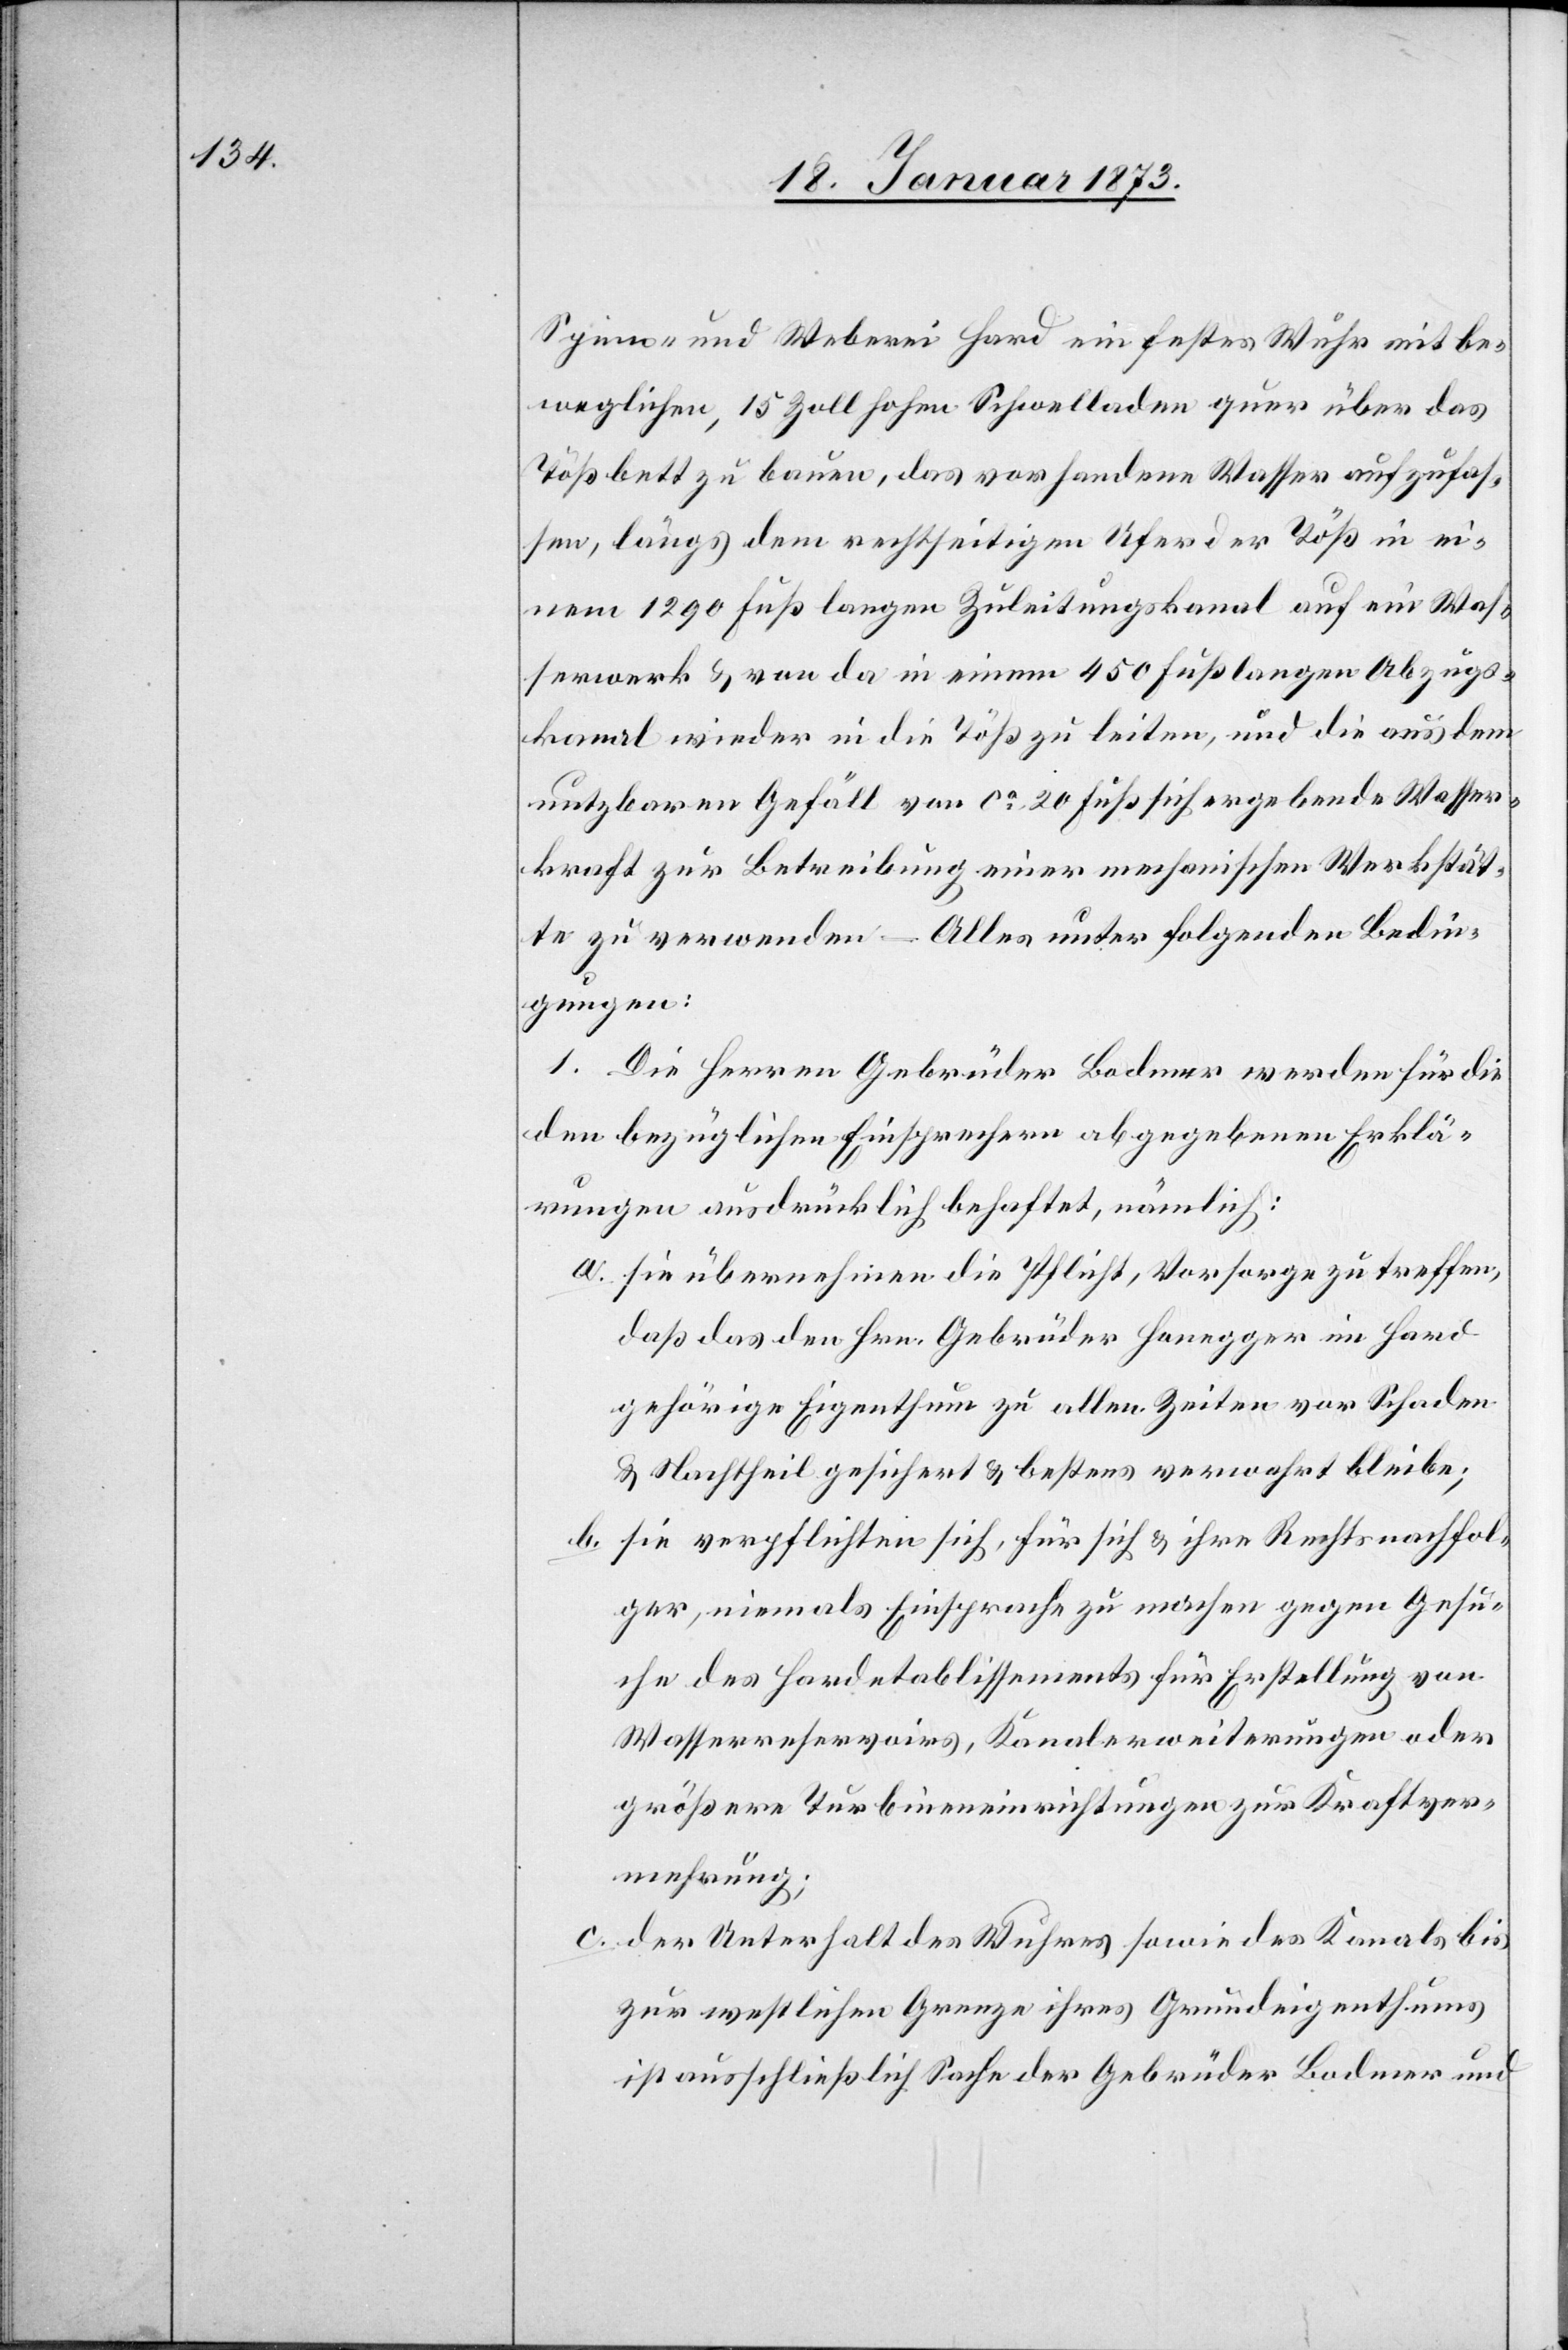
Spinn- und Weberei Hard ein festes Wuhr mit be¬
weglichen, 15 Zoll hohen Schwelladen quer über das
Tößbett zu bauen, das vorhandene Wasser aufzufas¬
sen, längs dem rechtseitigen Ufer der Töß in ei¬
nem 1290 Fuß langen Zuleitungskanal auf ein Was¬
serwerk u. von da in einem 450 Fuß langen Abzugs¬
kanal wieder in die Töß zu leiten, und die aus dem
nutzbaren Gefäll von ca. 20 Fuß sich ergebende Wasser¬
kraft zur Betreibung einer mechanischen Werkstät¬
te zu verwenden – Alles unter folgenden Bedin¬
gungen:
1. Die Herren Gebrüder Bodmer werden für die
den bezüglichen Einsprechern abgegebenen Erklä¬
rungen ausdrücklich behaftet, nämlich:
a. sie übernehmen die Pflicht, Vorsorge zu treffen,
daß das den Hrn. Gebrüder Honegger im Hard
gehörige Eigenthum zu allen Zeiten vor Schaden
u. Nachtheil gesichert u. bestens verwahrt bleibe;
b. sie verpflichten sich, für sich u. ihre Rechtsnachfol¬
ger, niemals Einsprache zu machen gegen Gesu¬
che des Hardetablissements für Erstellung von
Wasserreservoirs, Kanalerweiterungen oder
größere Turbineneinrichtungen zur Kraftver¬
mehrung;
c. der Unterhalt des Wuhres sowie des Kanals bis
zur westlichen Grenze ihres Grundeigenthums
ist ausschließlich Sache der Gebrüder Bodmer und